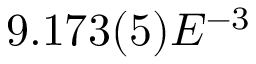
9 . 1 7 3 ( 5 ) E ^ { - 3 }